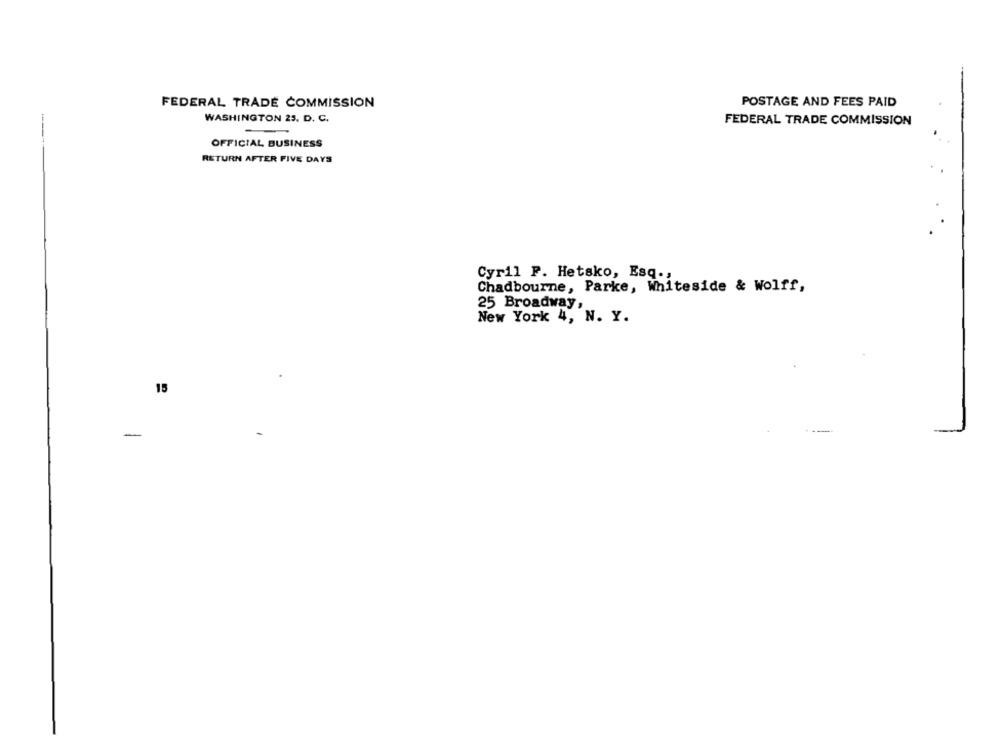
FEDERAL TRADE COMMISSION
POSTAGE AND FEES PAID
WASHINGTON 25, D. C.
FEDERAL TRADE COMMISSION
OFFICIAL BUSINESS
RETURN AFTER FIVE DAYS
Cyril P. Hetsko, Esq .,
Chadbourne, Parke, Whiteside & Wolff,
25 Broadway,
New York 4, N. Y.
15
-